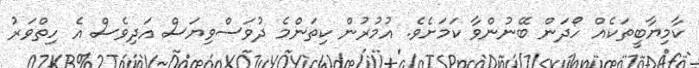
ކާމިޔާބީތަކެއް ހޯދަން ބޭނުންވާ ކަމަށެވެ. އުމުރުން ކިތަންމެ ދުވަސްވިޔަސް އަދިވެސް އެ ހިތްވަރު